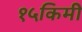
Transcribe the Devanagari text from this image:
१५किमी